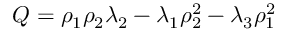
{ \cal Q } = \rho _ { 1 } \rho _ { 2 } \lambda _ { 2 } - \lambda _ { 1 } \rho _ { 2 } ^ { 2 } - \lambda _ { 3 } \rho _ { 1 } ^ { 2 }